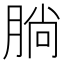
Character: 𣎃